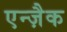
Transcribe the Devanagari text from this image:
एन्ज़ैक